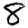
Digit: 8